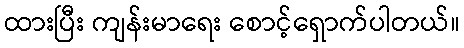
ထားပြီး ကျန်းမာရေး စောင့်ရှောက်ပါတယ်။